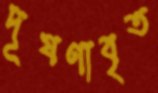
দূষণাবৃত